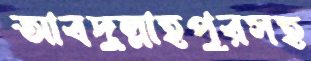
আবদুল্লাহপুরসহ